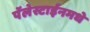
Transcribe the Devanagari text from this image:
पॅलेस्टाईनमधे